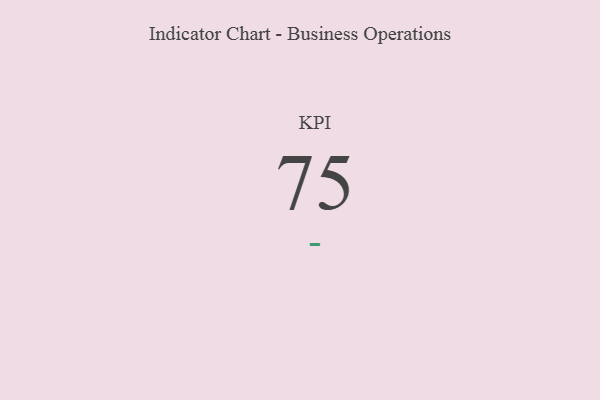
{"axis": {"x": "KPI", "y": "Value"}, "legend": [""], "data": [{"x": "KPI", "y": 75, "type": ""}]}